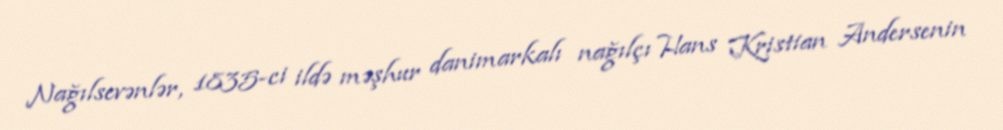
Nağılsevənlər, 1835-ci ildə məşhur danimarkalı nağılçı Hans Kristian Andersenin